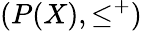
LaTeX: (P(X),\leq^{+})